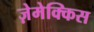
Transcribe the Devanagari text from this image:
ज़ेमेक्किस